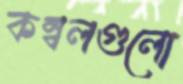
কম্বলগুলো